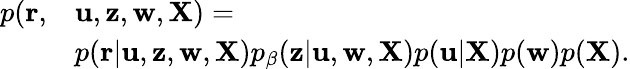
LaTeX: \begin{array}{rl}{p({\mathbf r},}&{{\mathbf u},{\mathbf z},{\mathbf w},{\mathbf X})=}\\ &{p({\mathbf r}|{\mathbf u},{\mathbf z},{\mathbf w},{\mathbf X})p_{\beta}({\mathbf z}|{\mathbf u},{\mathbf w},{\mathbf X})p({\mathbf u}|{\mathbf X})p({\mathbf w})p({\mathbf X}).}\end{array}